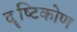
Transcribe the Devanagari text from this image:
दॄष्‍टिकोण